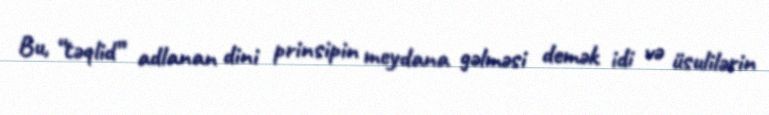
Bu, “təqlid” adlanan dini prinsipin meydana gəlməsi demək idi və üsulilərin